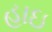
હાઇ